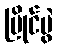
ပြိုင်ပွဲ